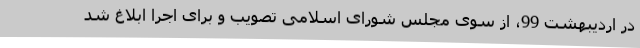
در اردیبهشت 99، از سوی مجلس شورای اسلامی تصویب و برای اجرا ابلاغ شد